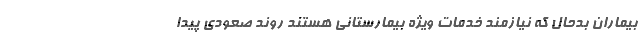
بیماران بدحال که نیازمند خدمات ویژه بیمارستانی هستند روند صعودی پیدا